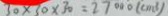
3 0 \times 3 0 \times 3 0 = 2 7 0 0 0 ( c m ^ { 3 } )